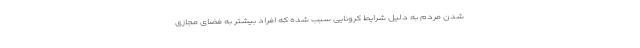
شدن مردم به دلیل شرایط کرونایی سبب شده که افراد بیشتر به فضای مجازی